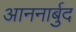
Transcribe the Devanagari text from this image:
आननार्बुद